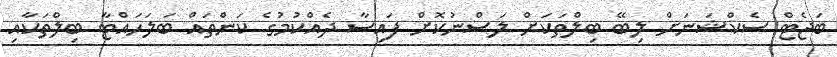
ބަޖެޓް ސެކްޝަނަށް ލިބޭ ބިލްތަކަށް ލަސްނުކޮށް ފައިސާ ދެއްކުމުގެ ކަންތައް ބަލަހައްޓާ ބިލްތަކާއި